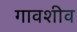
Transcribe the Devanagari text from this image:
गावशीव